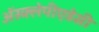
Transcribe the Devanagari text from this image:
अॅस्क्लेपीएडेसी